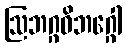
ဩဘဂ္ဂဝိဘဂ္ဂေါ